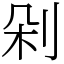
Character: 剁